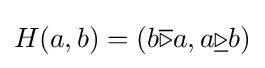
H(a,b)=(b{\overline {\triangleright }}a,a{\underline {\triangleright }}b)